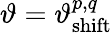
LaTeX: \vartheta=\vartheta_{\mathrm{shift}}^{p,q}